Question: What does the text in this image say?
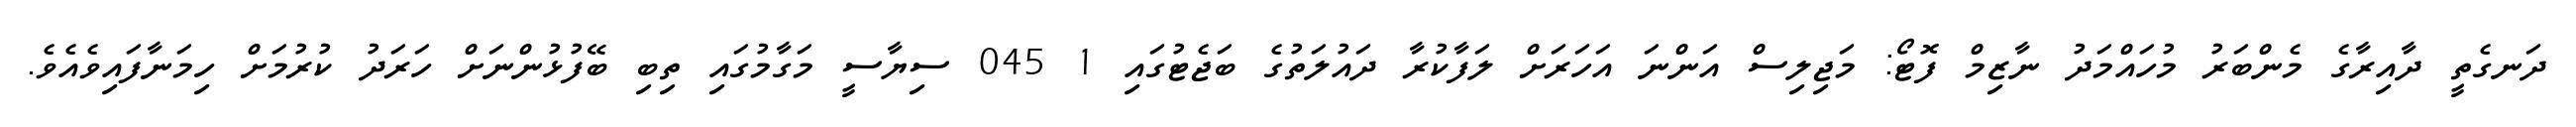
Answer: ދަނގެތީ ދާއިރާގެ މެންބަރު މުހައްމަދު ނާޒިމް ފޮޓޯ: މަޖިލިސް އަންނަ އަހަރަށް ލަފާކުރާ ދައުލަތުގެ ބަޖެޓުގައި 1 045 ސިޔާސީ މަގާމުގައި ތިބި ބޭފުޅުންނަށް ހަރަދު ކުރުމަށް ހިމަނާފައިވެއެވެ.